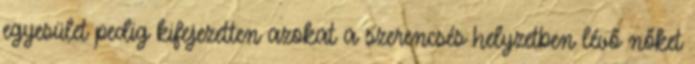
egyesület pedig kifejezetten azokat a szerencsés helyzetben lévő nőket